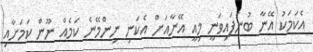
އެކަމަކު އޭނާ ބުނެފައިވަނީ މިއީ އޭނާއަށް އެކަނި ނިންމޭނެ ކަމެއް ނޫން ކަމަށާއި